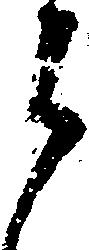
郎